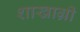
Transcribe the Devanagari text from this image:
शाखाग्री